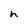
Character: h